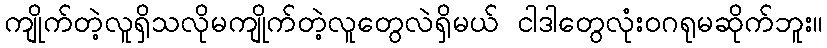
ကျိုက်တဲ့လူရှိသလိုမကျိုက်တဲ့လူတွေလဲရှိမယ် ငါဒါတွေလုံးဝဂရုမဆိုက်ဘူး။